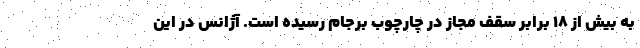
به بیش از ۱۸ برابر سقف مجاز در چارچوب برجام رسیده است. آژانس در این